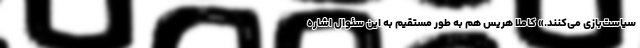
سیاست‌بازی می‌کنند.» کاملا هریس هم به طور مستقیم به این سئوال اشاره